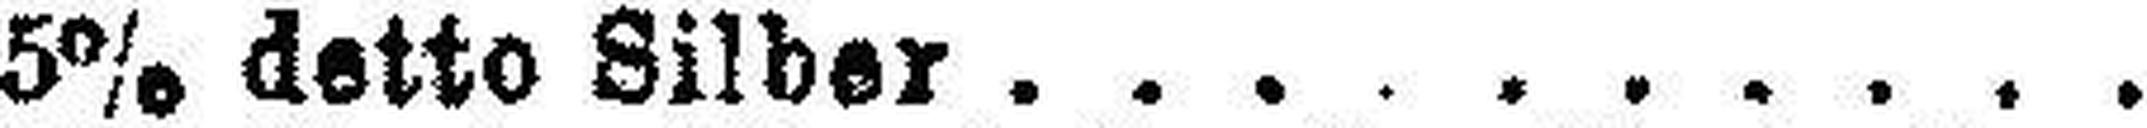
5% detto Silber